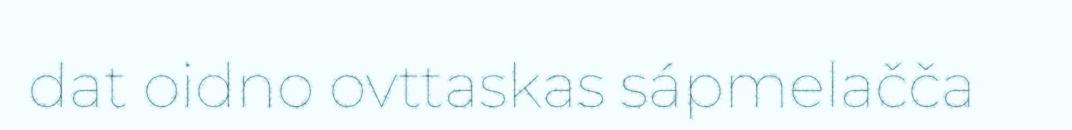
dat oidno ovttaskas sápmelačča